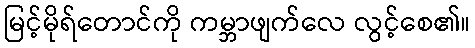
မြင့်မိုရ်တောင်ကို ကမ္ဘာဖျက်လေ လွင့်စေ၏။